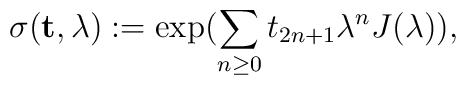
\sigma({\bf t},\lambda):=\exp(\sum_{n\geq0}t_{2n+1}\lambda^nJ(\lambda)),